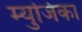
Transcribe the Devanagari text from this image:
म्युजिका